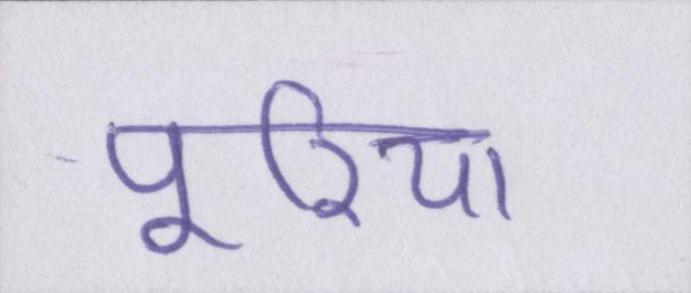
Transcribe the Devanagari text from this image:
पूरिया